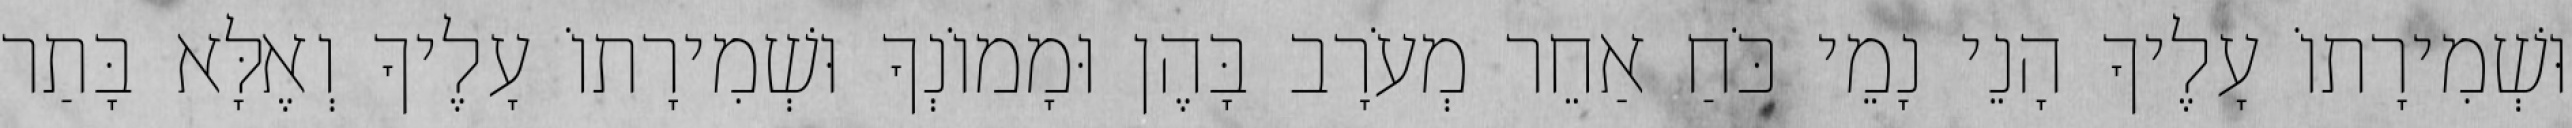
וּשְׁמִירָתוֹ עָלֶיךָ הָנֵי נָמֵי כֹּחַ אַחֵר מְעֹרָב בָּהֶן וּמָמוֹנְךָ וּשְׁמִירָתוֹ עָלֶיךָ וְאֶלָּא בָּתַר